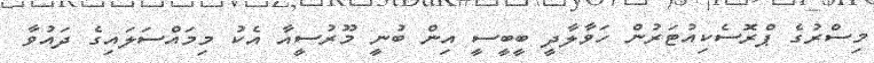
މިސްރުގެ ޕްރޮސެކިއުޓަރުން ހަވާލާދީ ބީބީސީ އިން ބުނީ މޫރުސީއާ އެކު މިމައްސަލައިގެ ދައުވާ